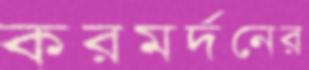
করমর্দনের